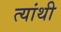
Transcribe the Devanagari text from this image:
त्यांथी